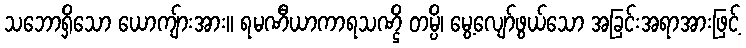
သဘောရှိသော ယောကျ်ားအား။ ရမဏီယာကာရသဏ္ဌိ တမ္ပိ၊ မွေ့လျော်ဖွယ်သော အခြင်းအရာအားဖြင့်